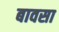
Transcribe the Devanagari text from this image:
बावसा